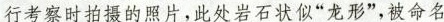
行考察时拍摄的照片，此处岩石状似”龙形”，被命名